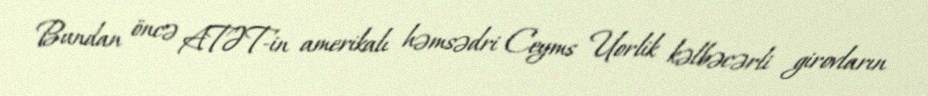
Bundan öncə ATƏT-in amerikalı həmsədri Ceyms Uorlik kəlbəcərli girovların